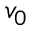
v _ { 0 }